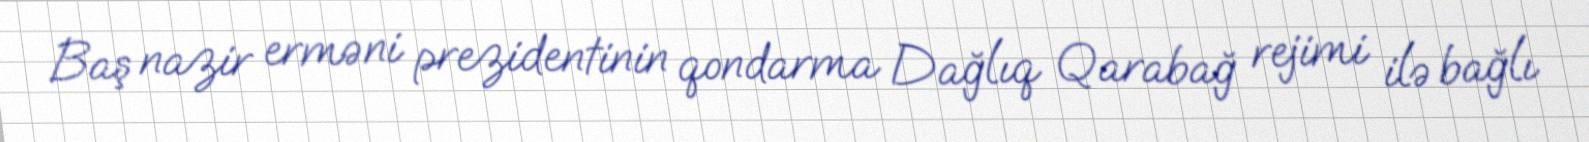
Baş nazir erməni prezidentinin qondarma Dağlıq Qarabağ rejimi ilə bağlı